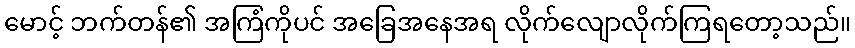
မောင့် ဘက်တန်၏ အကြံကိုပင် အခြေအနေအရ လိုက်လျောလိုက်ကြရတော့သည်။